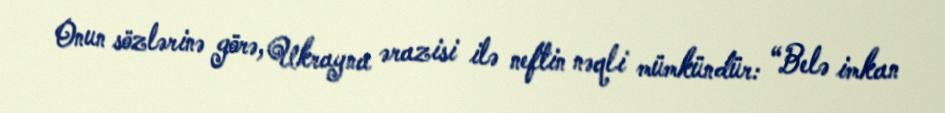
Onun sözlərinə görə, Ukrayna ərazisi ilə neftin nəqli mümkündür: “Belə imkan